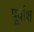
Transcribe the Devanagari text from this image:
पूर्वाश